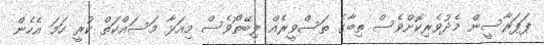
ޕަޕަރާސީން މެދުވެރިކޮށްވެސް ތިބާގެ ތަސްވީރެއް ލިބޭތޯވެސް މިއަޅާ މަސައްކަތް ކުރީ ހަމަ އެހެން